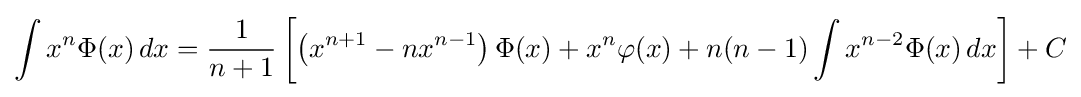
\int x^{n}\Phi (x)\,dx={\frac {1}{n+1}}\left[\left(x^{n+1}-nx^{n-1}\right)\Phi (x)+x^{n}\varphi (x)+n(n-1)\int x^{n-2}\Phi (x)\,dx\right]+C